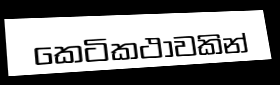
කෙටිකථාවකින්